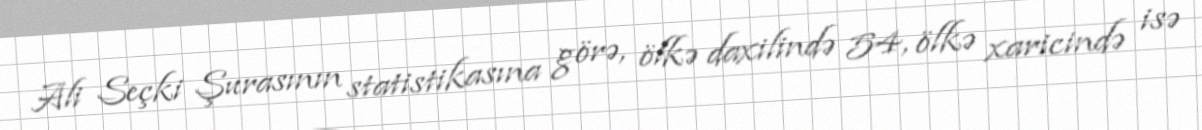
Ali Seçki Şurasının statistikasına görə, ölkə daxilində 54, ölkə xaricində isə